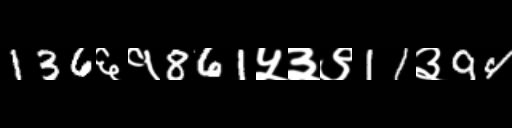
Text: 136६१861५३९11३94